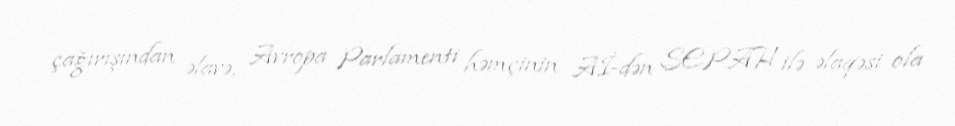
çağırışından əlavə, Avropa Parlamenti həmçinin Aİ-dən SEPAH ilə əlaqəsi ola